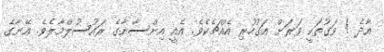
އާދެ ! ވަގުތަކީ ވަރަށް އަގުހުރި އެއްޗެކެވެ. އެއީ އިންސާނާގެ ރައުސުލްމާލެވެ. އޭނާގެ